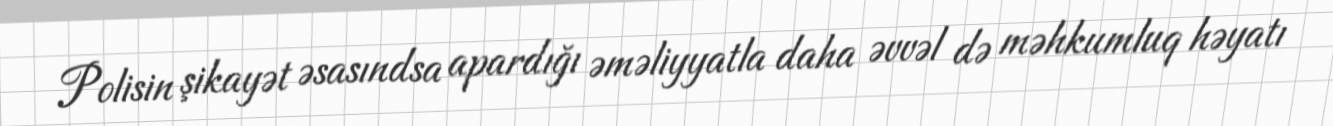
Polisin şikayət əsasındsa apardığı əməliyyatla daha əvvəl də məhkumluq həyatı